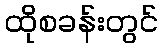
ထိုစခန်းတွင်